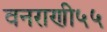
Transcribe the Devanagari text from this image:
वनराणी५५